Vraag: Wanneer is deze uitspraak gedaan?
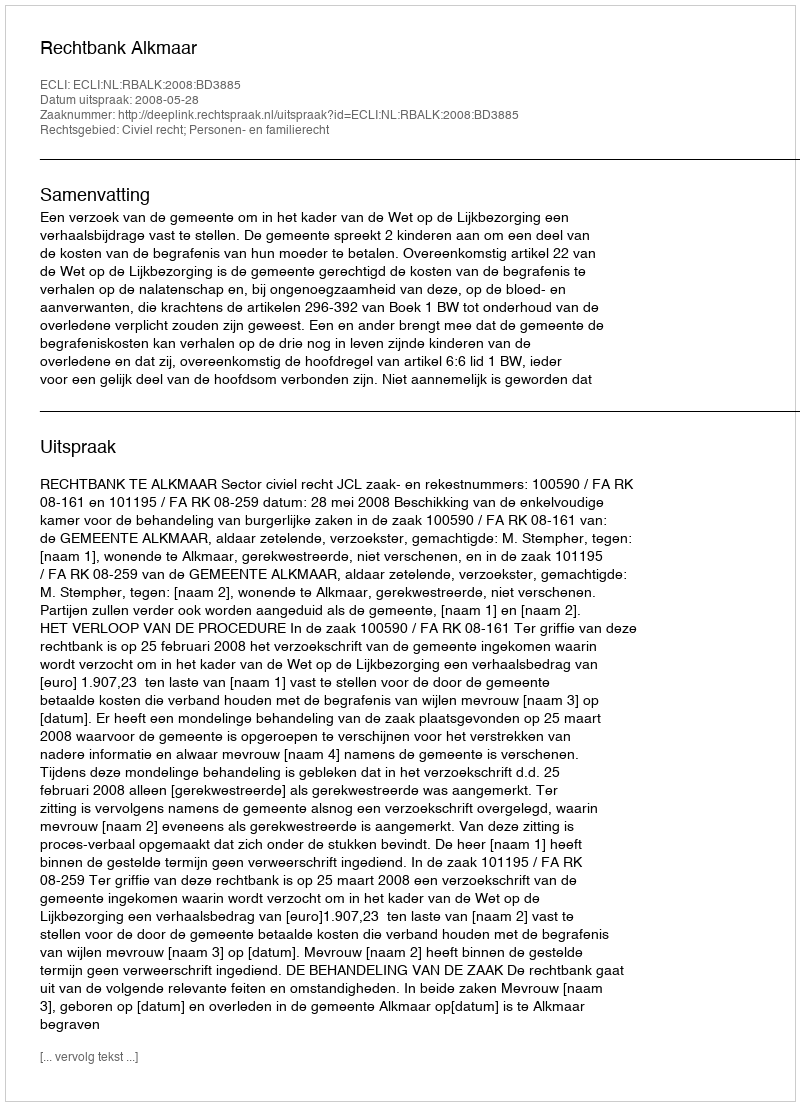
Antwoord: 2008-05-28